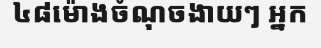
៤៨ម៉ោងចំណុចងាយៗ អ្នក